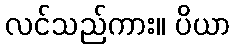
လင်သည်ကား။ ပိယာ